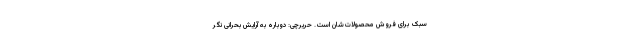
سبک برای فروش محصولات‌شان است. حریرچی: دوباره به آرایش بحرانی نگر